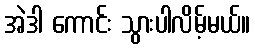
အဲဒါ ကောင်း သွားပါလိမ့်မယ်။